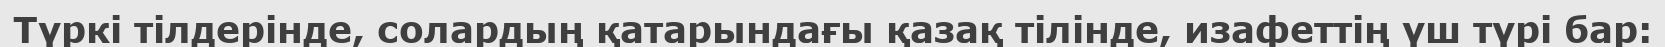
Түркі тілдерінде, солардың қатарындағы қазақ тілінде, изафеттің үш түрі бар: